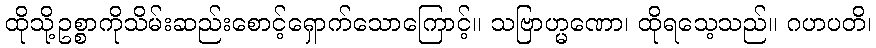
ထိုသို့ဥစ္စာကိုသိမ်းဆည်းစောင့်ရှောက်သောကြောင့်။ သဗြာဟ္မဏော၊ ထိုရသေ့သည်။ ဂဟပတိ၊